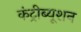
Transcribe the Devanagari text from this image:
कंट्रीब्यूशन